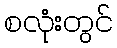
စလုံးတွင်